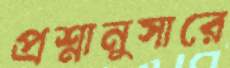
প্রশ্নানুসারে